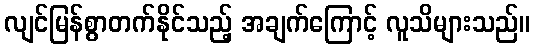
လျင်မြန်စွာတက်နိုင်သည့် အချက်ကြောင့် လူသိများသည်။